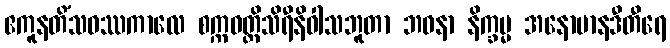
ဧကူနတိံသဝဿကာလေ စက္ကဝတ္တိသိရီနိဝါသဘူတာ ဘဝနာ နိက္ခမ္မ အနောမာနဒီတီရေ